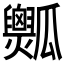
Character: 𤬡